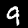
Label: 9